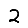
Digit: 2